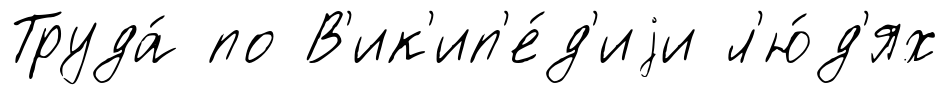
Труда́ по В'ик'ип'е́д'иjи л'ю́д'ях